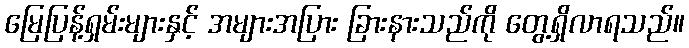
မြေပြန့်ရှမ်းများနှင့် အများအပြား ခြားနားသည်ကို တွေ့ရှိလာရသည်။